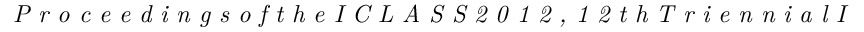
\textit { P r o c e e d i n g s o f t h e I C L A S S 2 0 1 2 , 1 2 t h T r i e n n i a l I n t e r n a t i o n a l C o n f e r e n c e o n L i q u i d a t o m i - }